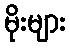
မိုးများ